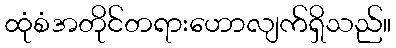
ထုံစံအတိုင်တရားဟောလျက်ရှိသည်။